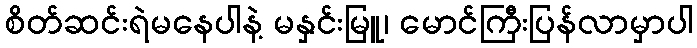
စိတ်ဆင်းရဲမနေပါနဲ့ မနှင်းမြူ၊ မောင်ကြီးပြန်လာမှာပါ